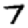
Digit: 7